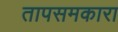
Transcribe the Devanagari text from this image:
तापसमकारा